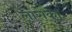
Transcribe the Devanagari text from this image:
लारोका